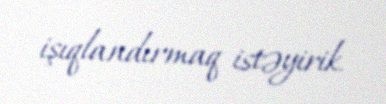
işıqlandırmaq istəyirik.